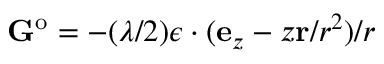
\mathbf { G } ^ { \mathrm { o } } = - ( \lambda / 2 ) \boldsymbol { \epsilon } \cdot ( \mathbf { e } _ { z } - z \mathbf { r } / r ^ { 2 } ) / r